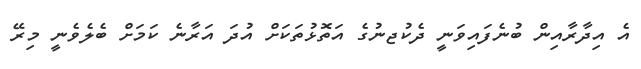
އެ އިދާރާއިން ބުނެފައިވަނީ ދެކުޖނުގެ އަތޮޅުތަކަށް އުދަ އަރާނެ ކަމަށް ބެލެވެނީ މިރޭ